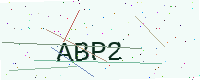
Text: ABP2